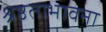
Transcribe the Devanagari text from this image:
श्रेष्ठताभावना